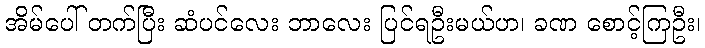
အိမ်ပေါ် တက်ပြီး ဆံပင်လေး ဘာလေး ပြင်ရဦးမယ်ဟ၊ ခဏ စောင့်ကြဦး၊